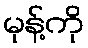
မုန့်ကို